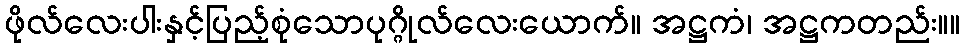
ဖိုလ်လေးပါးနှင့်ပြည့်စုံသောပုဂ္ဂိုလ်လေးယောက်။ အဋ္ဌကံ၊ အဋ္ဌကတည်း။။